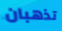
تذهبان